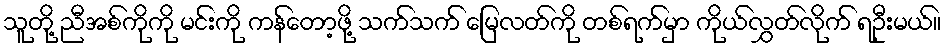
သူတို့ ညီအစ်ကိုကို မင်းကို ကန်တော့ဖို့ သက်သက် မြေလတ်ကို တစ်ရက်မှာ ကိုယ်လွှတ်လိုက် ရဦးမယ်။